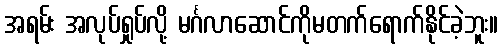
အရမ်း အလုပ်ရှုပ်လို့ မင်္ဂလာဆောင်ကိုမတက်ရောက်နိုင်ခဲ့ဘူး။